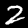
Digit: 2